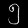
Digit: ၅